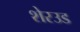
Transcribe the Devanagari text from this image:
शेरउड